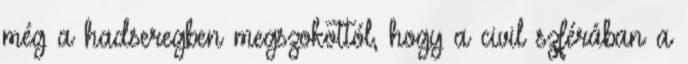
még a hadseregben megszokottól, hogy a civil szférában a